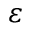
\varepsilon